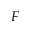
F